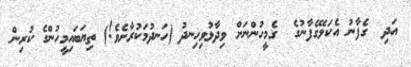
އަދި  ގެފާނު އެކަލޭގެފާނުގެ  ގެމީހުންނަށް ވިދާޅުވިހިނދު (ހަނދުމަކުރާށެވެ!) ތިޔަބައިމީހުންގެ ކުރިން